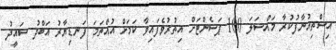
އިސްތިއުނާފުކުރާ މައްސަލަ 100 ޕަސެންޓަށް އިތުރުވެފައިވާ ކަމަށް އުއްތަމަ ފަނޑިޔާރު އަބްދު ސައީދު